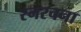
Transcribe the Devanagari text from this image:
स्नरचना